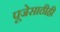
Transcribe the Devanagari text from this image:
पूजेसाठीही